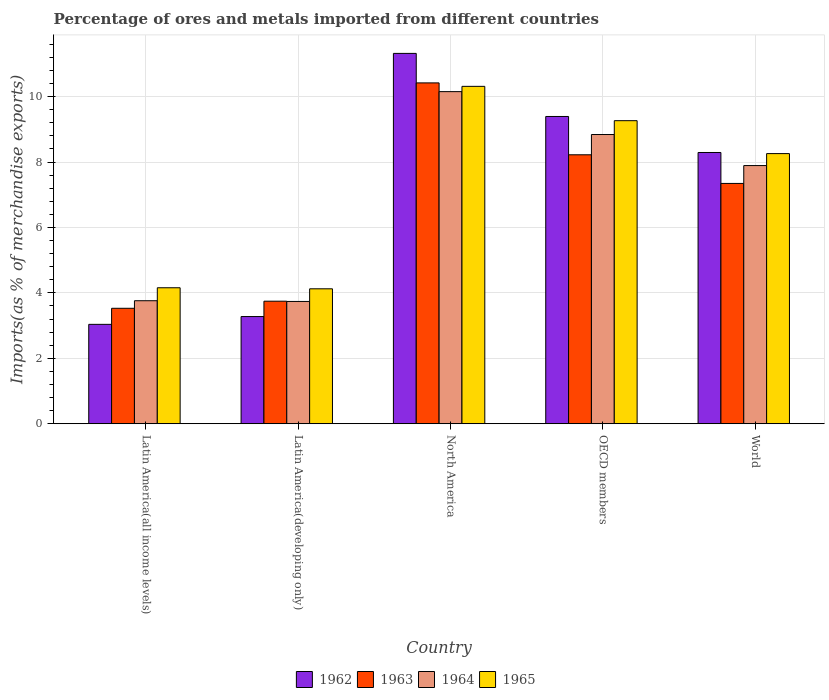
| Country | 1962 | 1963 | 1964 | 1965 |
 | --- | --- | --- | --- | --- |
 | Latin America(all income levels) | 3.04 | 3.53 | 3.76 | 4.16 |
 | Latin America(developing only) | 3.28 | 3.75 | 3.74 | 4.13 |
 | North America | 11.3 | 10.4 | 10.2 | 10.3 |
 | OECD members | 9.39 | 8.22 | 8.84 | 9.27 |
 | World | 8.29 | 7.35 | 7.89 | 8.26 |